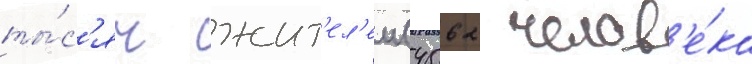
ты́с'яч жит'ел'еи (4562 челов'е́ка